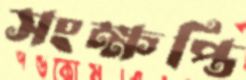
সংক্ষপ্তি